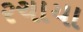
રચાયા